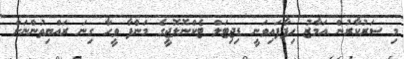
މި ސަރުކާރުން އަމާޒު ހިފާފައިވަނީ ޑިޖިޓަލް ޓެކްނޮލޮޖީގެ މަންފާ ވީހާ ގިނަ ރައްޔިތުންނަށް